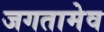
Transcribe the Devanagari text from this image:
जगतामेव